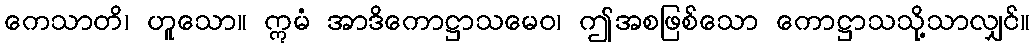
ကေသာတိ၊ ဟူသော။ ဣမံ အာဒိကောဋ္ဌာသမေဝ၊ ဤအစဖြစ်သော ကောဋ္ဌာသသို့သာလျှင်။